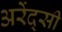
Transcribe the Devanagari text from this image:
अरेंद्सी